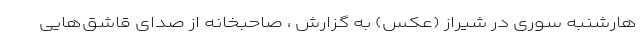
هارشنبه سوری در شیراز (عکس) به گزارش ، صاحبخانه از صدای قاشق‌هایی